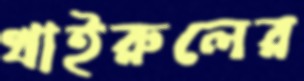
খাইরুলের